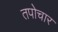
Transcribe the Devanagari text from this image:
तपोचार